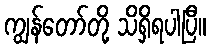
ကျွန်တော်တို့ သိရှိရပါပြီ။